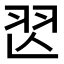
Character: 𦏶